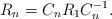
LaTeX: \begin{align*}R_n=C_nR_1C_n^{-1}.\end{align*}